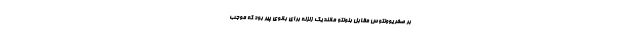
بر صفر یوونتوس مقابل بنونتو مانند یک زلزله برای بانوی پیر بود که موجب